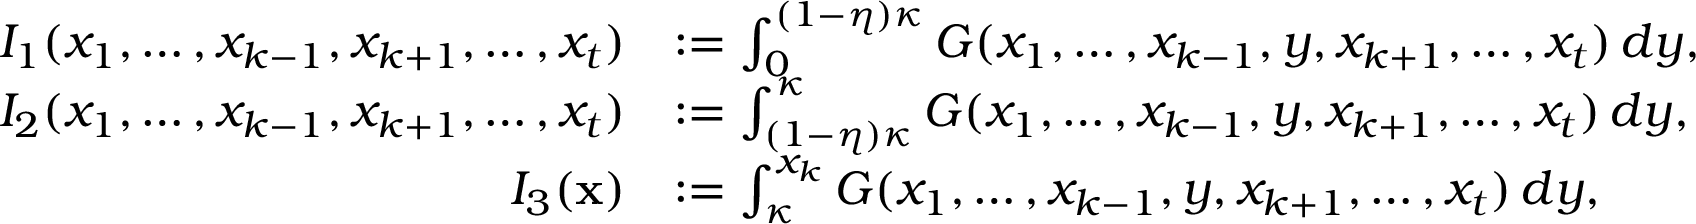
\begin{array} { r l } { I _ { 1 } ( x _ { 1 } , \dots , x _ { k - 1 } , x _ { k + 1 } , \dots , x _ { t } ) } & { : = \int _ { 0 } ^ { ( 1 - \eta ) \kappa } G ( x _ { 1 } , \ldots , x _ { k - 1 } , y , x _ { k + 1 } , \ldots , x _ { t } ) \, d y , } \\ { I _ { 2 } ( x _ { 1 } , \dots , x _ { k - 1 } , x _ { k + 1 } , \dots , x _ { t } ) } & { : = \int _ { ( 1 - \eta ) \kappa } ^ { \kappa } G ( x _ { 1 } , \ldots , x _ { k - 1 } , y , x _ { k + 1 } , \ldots , x _ { t } ) \, d y , } \\ { I _ { 3 } ( \mathbf { x } ) } & { : = \int _ { \kappa } ^ { x _ { k } } G ( x _ { 1 } , \ldots , x _ { k - 1 } , y , x _ { k + 1 } , \ldots , x _ { t } ) \, d y , } \end{array}